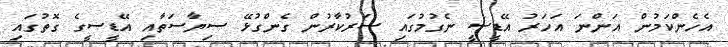
އެހެންކަމުން އަންނަ އަހަރު އޭޑީސީ ނެގުމުގައި ސަރުކާރުން ގެންގުޅޭ ސިޔާސަތާއި އޭޑީސީގެ ގޮތުގައި